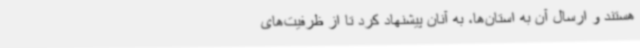
هستند و ارسال آن به استان‌ها، به آنان پیشنهاد کرد تا از ظرفیت‌های